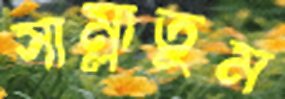
সাম্‌লাতুম